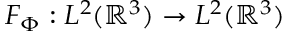
F _ { \Phi } : L ^ { 2 } ( \mathbb { R } ^ { 3 } ) \to L ^ { 2 } ( \mathbb { R } ^ { 3 } )